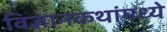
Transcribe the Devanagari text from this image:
विज्ञानकथांमध्ये